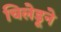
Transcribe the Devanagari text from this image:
चिलेडूने